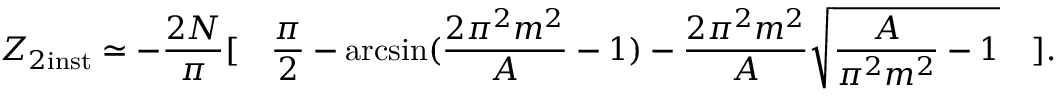
Z _ { 2 \mathrm { i n s t } } \simeq - \frac { 2 N } { \pi } [ \quad \frac { \pi } { 2 } - \arcsin ( \frac { 2 \pi ^ { 2 } m ^ { 2 } } { A } - 1 ) - \frac { 2 \pi ^ { 2 } m ^ { 2 } } { A } \sqrt { \frac { A } { \pi ^ { 2 } m ^ { 2 } } - 1 } \quad ] .